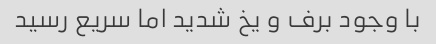
با وجود برف و یخ شدید اما سریع رسید